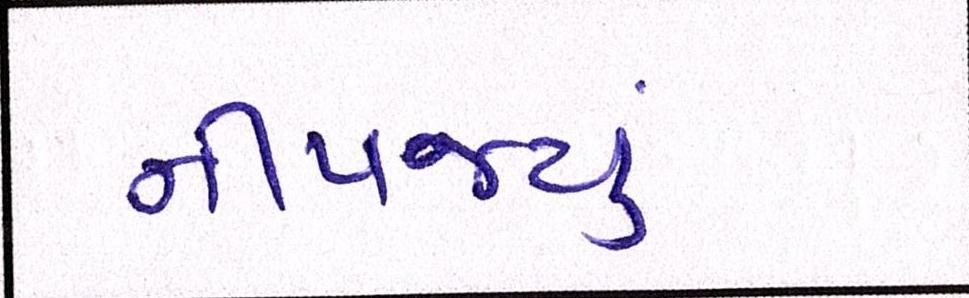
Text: નીપજ્યું